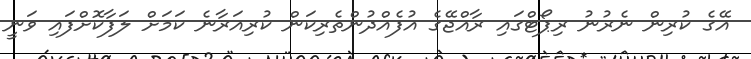
އޭގެ ކުރިން ނެރުނު ރިޕޯޓްގައި ރާއްޖޭގެ އުފެއްދުންތެރިކަން ކުރިއަރާނެ ކަމަށް ލަފާކޮށްފައި ވަނީ